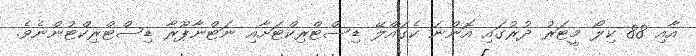
އާއި 88 ކިލޯ މީޓަރު ދުރުގައި އޮންނަ ކެގައްލޭ ޑިސްޓްރިކްޓަށާއި ނަޓްނާޕޫރާ ޑިސްޓްރިކްޓުންނެވެ.